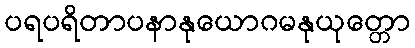
ပရပရိတာပနာနုယောဂမနုယုတ္တော